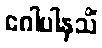
ဂေါပါနသိံ